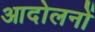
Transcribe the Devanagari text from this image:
आदोलनों